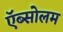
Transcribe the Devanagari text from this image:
ऍब्सोलम